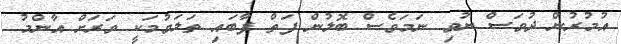
އުމުރުން ދުވަސް ނުވި ނަމަވެސް ބޮލުން ފަތް ފާބައި ތަލަވުމަކީ ވަރަށް އާންމު